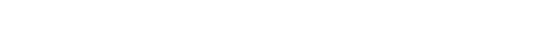
အမြဲမရှိဟုဖြစ်သော အမှတ်လည်းကောင်း။ မရဏသညာ၊ သေခြင်း၌ုဖြစ်သော အမှတ်လည်းကောင်း။